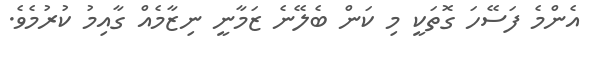
އެންމެ ފަސޭހަ ގޮތަކީ މި ކަން ބެލޭނެ ޒަމާނީ ނިޒާމެއް ގާއިމު ކުރުމެވެ.